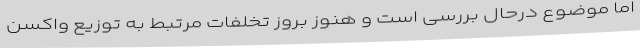
اما موضوع درحال بررسی است و هنوز بروز تخلفات مرتبط به توزیع واکسن